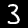
Digit: 3